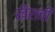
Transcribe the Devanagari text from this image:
खैराची